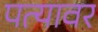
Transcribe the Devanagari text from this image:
पत्‍यावर